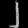
Digit: ၂